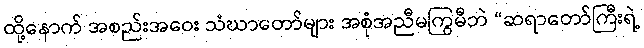
ထို့နောက် အစည်းအဝေး သံဃာတော်များ အစုံအညီမကြွမီဘဲ “ဆရာတော်ကြီးရဲ့